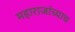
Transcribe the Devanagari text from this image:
महाराजांच्याच